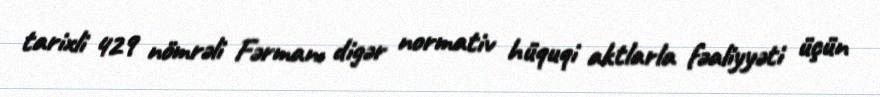
tarixli 429 nömrəli Fərmanı digər normativ hüquqi aktlarla fəaliyyəti üçün